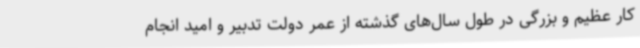
کار عظیم و بزرگی در طول سال‌های گذشته از عمر دولت تدبیر و امید انجام